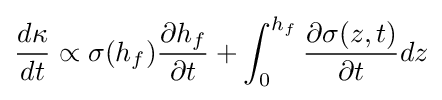
{\frac {d\kappa }{dt}}\propto \sigma (h_{f}){\frac {\partial h_{f}}{\partial t}}+\int _{0}^{h_{f}}{\frac {\partial \sigma (z,t)}{\partial t}}dz